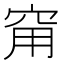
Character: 𥥝